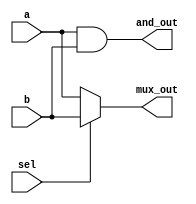
module simple_continuous_assignment (
    input wire a,           // Input wire a
    input wire b,           // Input wire b
    input wire sel,         // Select signal for multiplexer
    output wire and_out,    // Output of the AND gate
    output wire mux_out     // Output of the multiplexer
);

    // Continuous assignment for AND gate: and_out = a AND b
    assign and_out = a & b; // Output is 1 only if both a and b are 1

    // Continuous assignment for a multiplexer
    // mux_out = (sel == 1) ? b : a; // If sel is 1, output b, else output a
    assign mux_out = sel ? b : a; // Conditional assignment using select signal

endmodule